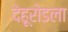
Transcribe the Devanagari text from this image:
देहूरोडला